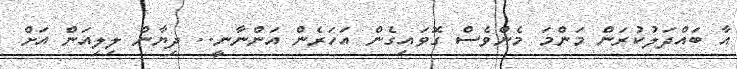
އާ ބައްދަލުކުރަން މަންމަ މެންވެސް ގޮވައިގެން އަހަރެން އަންނާނީ.. ދިޔާން ލިލިއަން އަށް